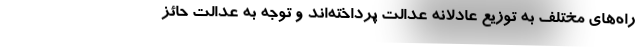
راه‌های مختلف به توزیع عادلانه عدالت پرداخته‌اند و توجه به عدالت حائز